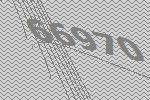
66970